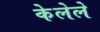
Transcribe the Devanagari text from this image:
केेलेले